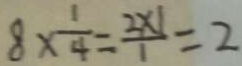
8 \times \frac { 1 } { 4 } = \frac { 2 \times 1 } { 1 } = 2